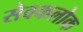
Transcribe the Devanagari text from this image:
सेवकलोक